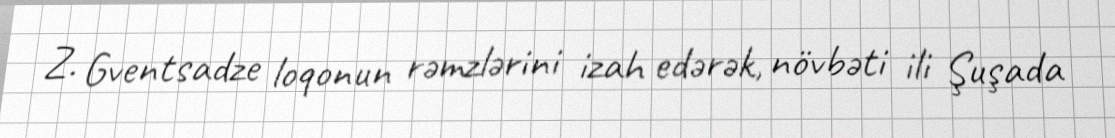
Z. Gventsadze loqonun rəmzlərini izah edərək, növbəti ili Şuşada